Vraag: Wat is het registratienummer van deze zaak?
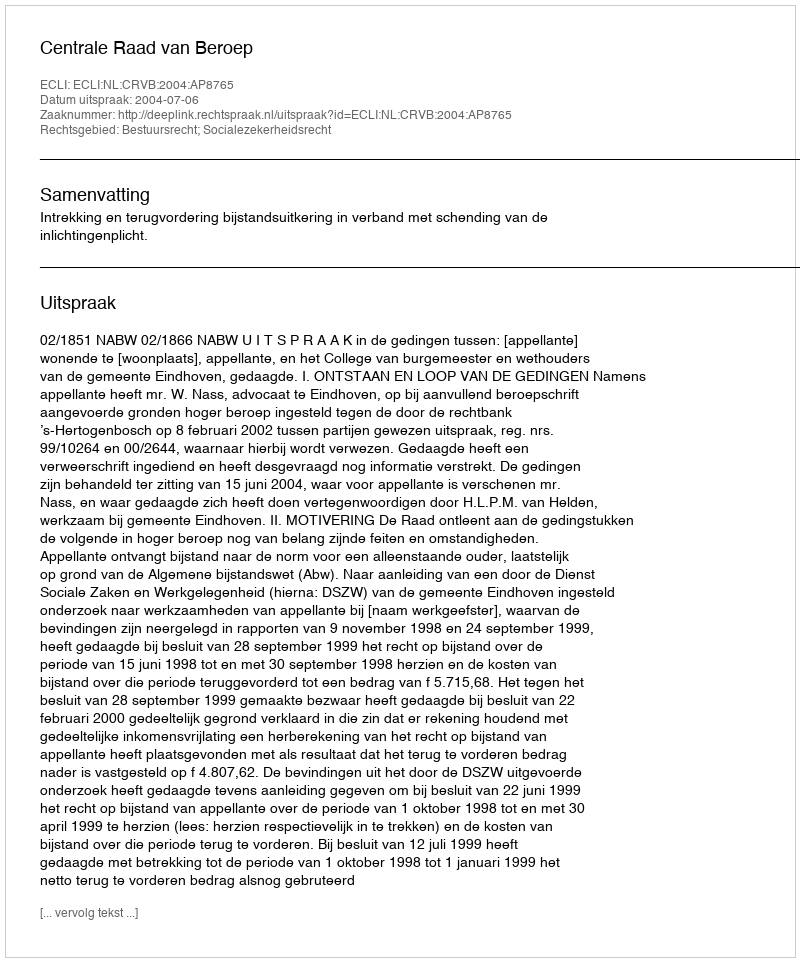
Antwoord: http://deeplink.rechtspraak.nl/uitspraak?id=ECLI:NL:CRVB:2004:AP8765